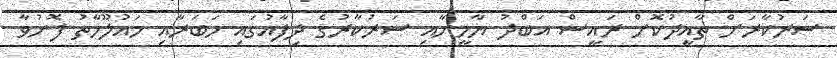
ސަރުކާރަށް ތާއީދުކޮށް ރައީސް އަބްދު ޔާމީނާއި ސަރުކާރުގެ ދިފާއުގައި ހަބަރާއި މައުލޫމާތު ފޮނުވާ